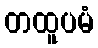
တထူပမံ